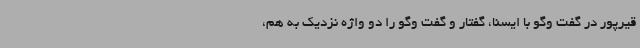
قیرپور در گفت وگو با ایسنا، گفتار و گفت وگو را دو واژه نزدیک به هم،